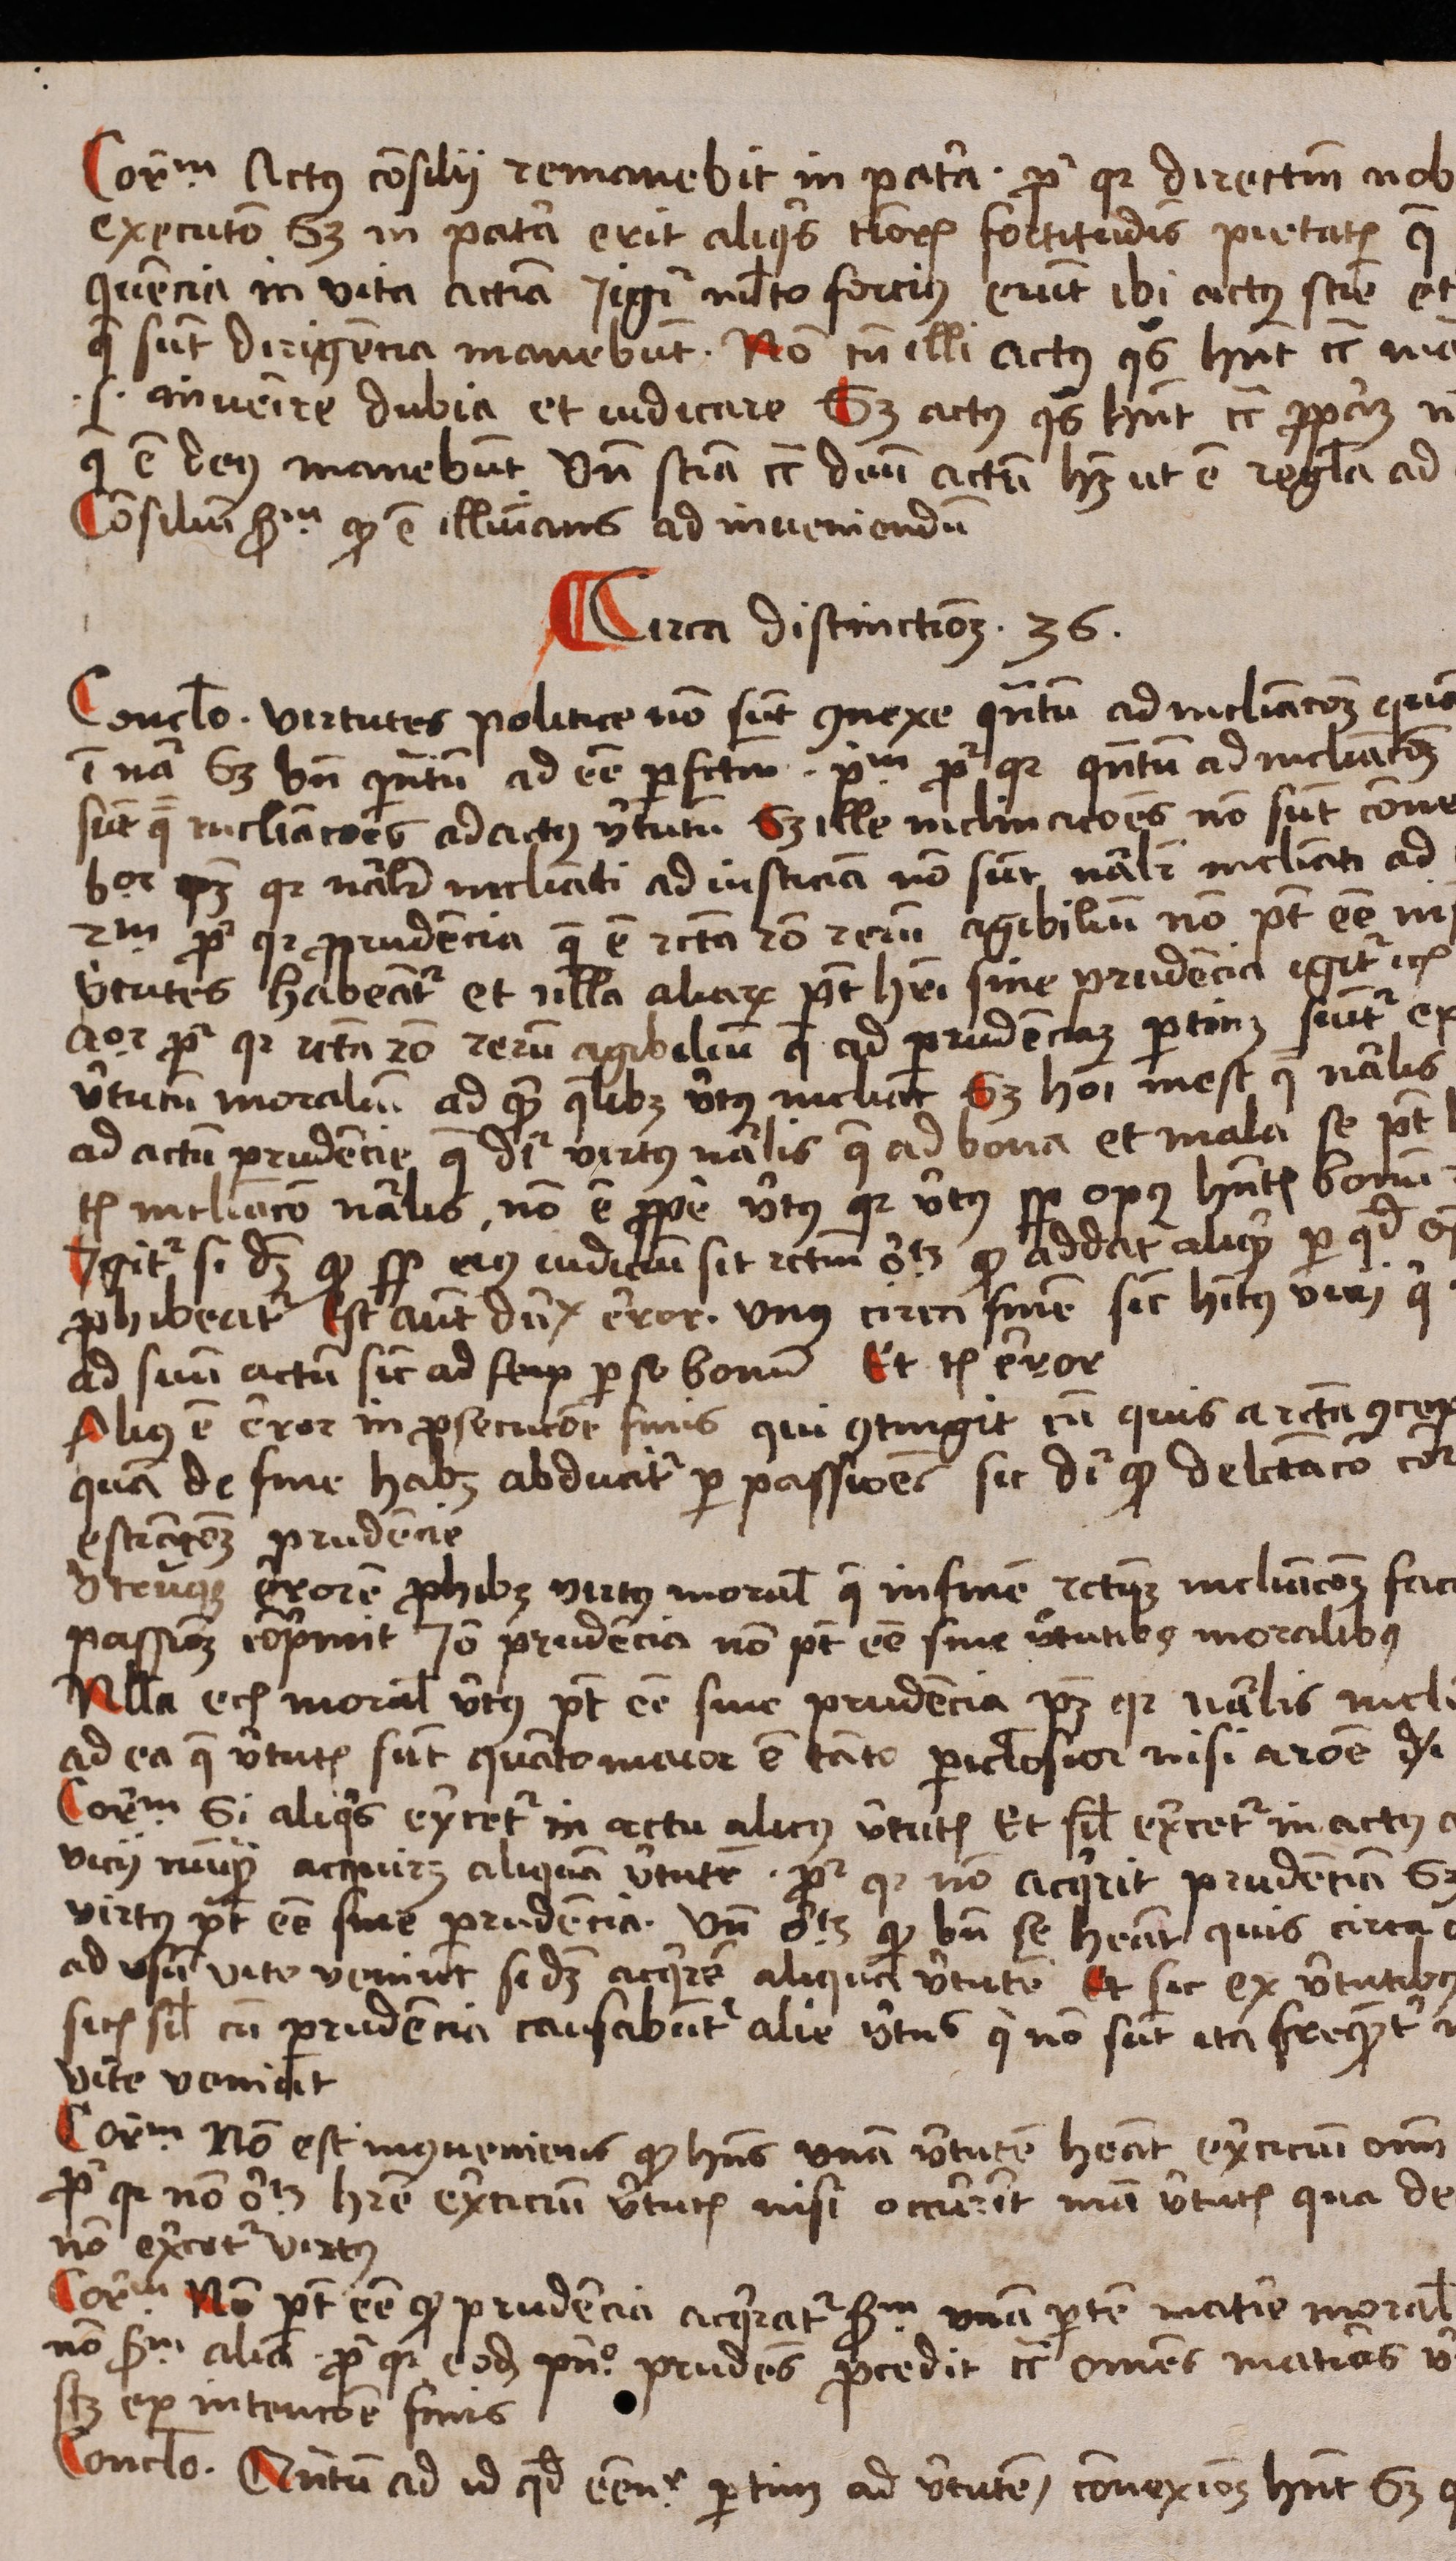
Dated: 1488–1488